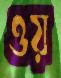
ওয়